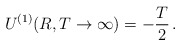
\begin{align*}U^{(1)}(R, T\to \infty)= - \frac{T}{2}\,{.}\end{align*}